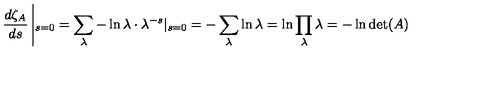
\frac { d \zeta _ { A } } { d s } \left| _ { s = 0 } = \sum _ { \lambda } - \ln \lambda \cdot \lambda ^ { - s } | _ { s = 0 } = - \sum _ { \lambda } \ln \lambda = \ln \prod _ { \lambda } \lambda = - \ln \det ( A ) \right.